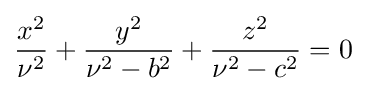
{\frac {x^{2}}{\nu ^{2}}}+{\frac {y^{2}}{\nu ^{2}-b^{2}}}+{\frac {z^{2}}{\nu ^{2}-c^{2}}}=0